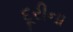
દૂરીના